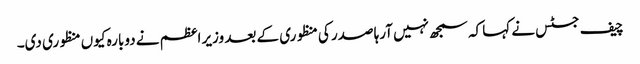
چیف جسٹس نے کہا کہ سمجھ نہیں آرہا صدر کی منظوری کے بعد وزیر اعظم نے دوبارہ کیوں منظوری دی۔